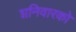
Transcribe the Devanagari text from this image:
शनिवारको